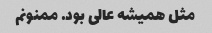
مثل همیشه عالی بود. ممنونم‌